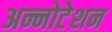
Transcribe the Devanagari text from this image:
अन्नोटेशन